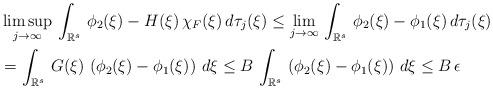
LaTeX: \begin{align*}&\limsup_{j\to \infty}\,\int_{\mathbb{R}^s}\,\phi_2(\xi)-H(\xi)\,\chi_F(\xi)\,d\tau_j(\xi)\le\lim_{j\to \infty}\,\int_{\mathbb{R}^s}\,\phi_2(\xi)-\phi_1(\xi)\,d\tau_j(\xi)\\&=\int_{\mathbb{R}^s}\,G(\xi)\,\left(\phi_2(\xi)-\phi_1(\xi)\right)\,d\xi\le B\,\int_{\mathbb{R}^s}\,\left(\phi_2(\xi)-\phi_1(\xi)\right)\,d\xi\le B\,\epsilon\end{align*}